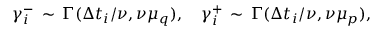
\gamma _ { i } ^ { - } \, \sim \, \Gamma ( \Delta t _ { i } / \nu , \nu \mu _ { q } ) , \quad \gamma _ { i } ^ { + } \, \sim \, \Gamma ( \Delta t _ { i } / \nu , \nu \mu _ { p } ) ,